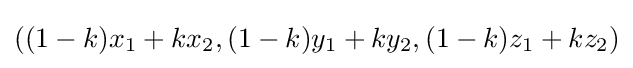
((1-k)x_{1}+kx_{2},(1-k)y_{1}+ky_{2},(1-k)z_{1}+kz_{2})